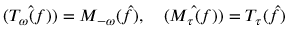
\hat { ( T _ { \omega } ( f ) ) } = M _ { - \omega } ( \hat { f } ) , \quad \hat { ( M _ { \tau } ( f ) ) } = T _ { \tau } ( \hat { f } )